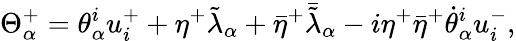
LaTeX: \Theta_{\alpha}^{+}=\theta_{\alpha}^{i}u_{i}^{+}+\eta^{+}\tilde{\lambda}_{\alpha}+{\bar{\eta}}^{+}{\bar{\tilde{\lambda}}}_{\alpha}-i\eta^{+}{\bar{\eta}}^{+}{\dot{\theta}}_{\alpha}^{i}u_{i}^{-},